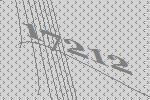
17212